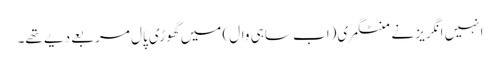
انہیں انگریز نے منٹگمری(اب ساہی وال) میں گھوڑی پال مربعے دیے تھے۔